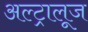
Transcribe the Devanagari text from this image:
अल्ट्रालूज